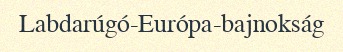
Labdarúgó-Európa-bajnokság